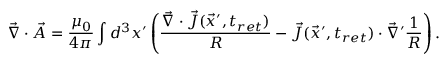
\vec { \nabla } \cdot \vec { A } = \frac { \mu _ { 0 } } { 4 \pi } \int d ^ { 3 } x ^ { \prime } \left( \frac { \vec { \nabla } \cdot \vec { J } ( \vec { x } ^ { \prime } , t _ { r e t } ) } { R } - \vec { J } ( \vec { x } ^ { \prime } , t _ { r e t } ) \cdot \vec { \nabla } ^ { \prime } \frac { 1 } { R } \right) .